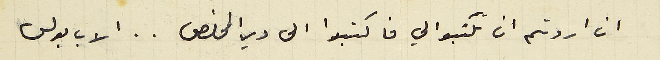
ان اردتم ان تكتبوا لي فاكتبوا الى دير المخلص .. الاب بولس